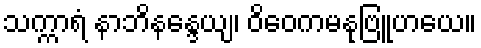
သက္ကာရံ နာဘိနန္ဒေယျ၊ ဝိဝေကမနုဗြူဟယေ။